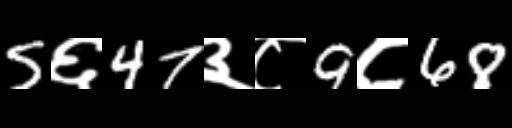
Text: 5६47३८9८68